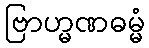
ဗြာဟ္မဏဓမ္မံ